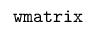
\mathtt { w m a t r i x }